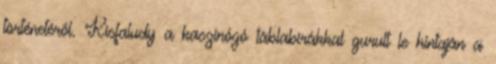
történetéről. Kisfaludy a kaszinózó táblabírákkal gurult le hintaján a